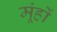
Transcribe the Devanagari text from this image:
मूंहों